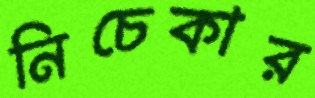
নিচেকার